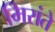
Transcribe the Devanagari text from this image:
मिरांते